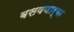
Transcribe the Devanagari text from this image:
बसवणार्‍या